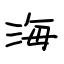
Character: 海